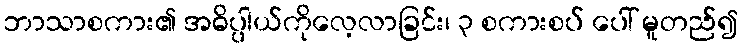
ဘာသာစကား၏ အဓိပ္ပါယ်ကိုလေ့လာခြင်း၊ ၃ စကားစပ် ပေါ် မူတည်၍